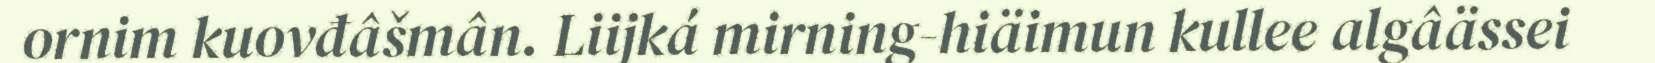
ornim kuovđâšmân. Liijká mirning-hiäimun kullee algâässei